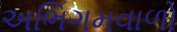
અભિગમવાળો